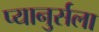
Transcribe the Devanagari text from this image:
प्यानुर्सला